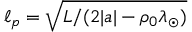
\ell _ { p } = \sqrt { L / ( 2 | a | - \rho _ { 0 } \lambda _ { \odot } ) }